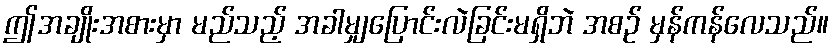
ဤအချိုးအစားမှာ မည်သည့် အခါမျှပြောင်းလဲခြင်းမရှိဘဲ အစဉ် မှန်ကန်လေသည်။